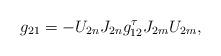
LaTeX: \begin{align*}&g_{21}=-U_{2n} J_{2n}g_{12}^{\tau} J_{2m} U_{2m}, \end{align*}